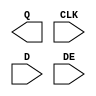
module sky130_fd_sc_ls__edfxtp (
    Q  ,
    CLK,
    D  ,
    DE
);

    output Q  ;
    input  CLK;
    input  D  ;
    input  DE ;

    // Voltage supply signals
    supply1 VPWR;
    supply0 VGND;
    supply1 VPB ;
    supply0 VNB ;

endmodule